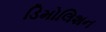
ડિમોલિશન